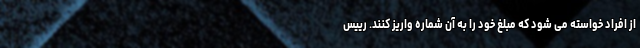
از افراد خواسته می شود که مبلغ خود را به آن شماره واریز کنند. رییس